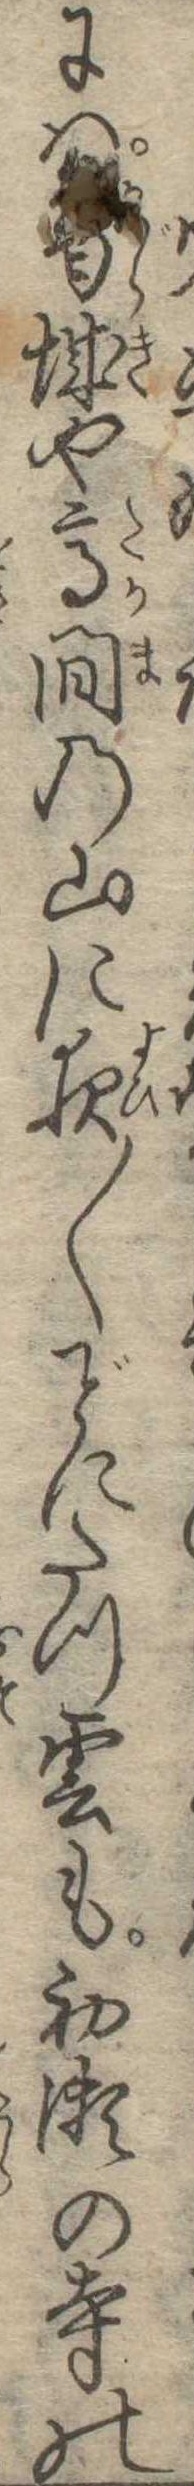
には葛城や高間の山に夜〱にたつ雲も初瀬の寺の